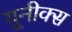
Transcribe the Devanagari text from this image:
यूनीक्स